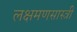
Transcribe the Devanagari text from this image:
लक्षमणसास्त्री